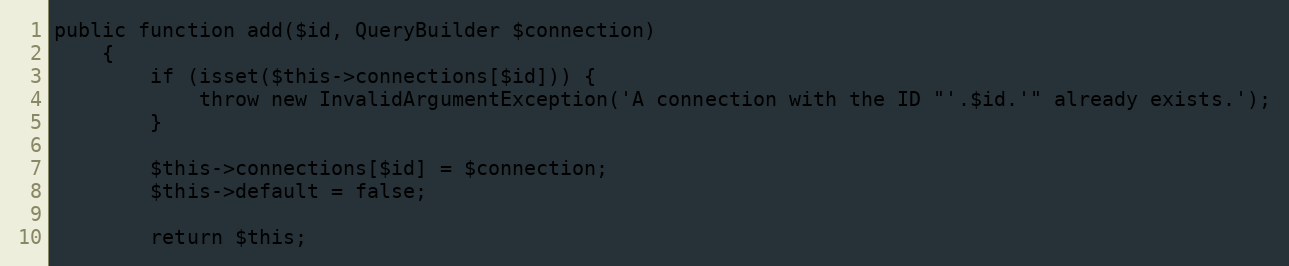
Language: PHP
public function add($id, QueryBuilder $connection)
    {
        if (isset($this->connections[$id])) {
            throw new InvalidArgumentException('A connection with the ID "'.$id.'" already exists.');
        }

        $this->connections[$id] = $connection;
        $this->default = false;

        return $this;